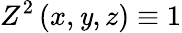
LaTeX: Z^{2}\left(x,\mathit{y},z\right)\equiv1